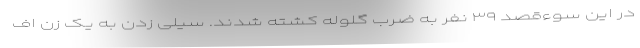
در این سوءقصد ۳۹ نفر به ضرب گلوله کشته شدند. سیلی زدن به یک زن اف